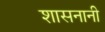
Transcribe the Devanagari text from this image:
शासनानी